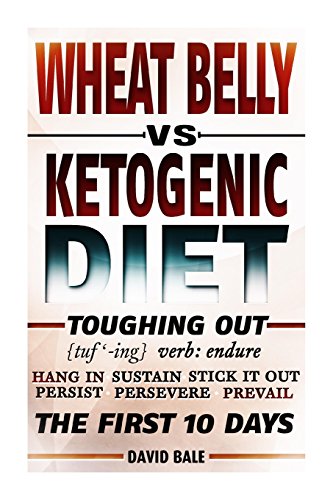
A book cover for Wheat Belly vs. Ketogenic Diet Toughing Out The First 10 Days; David Bale; Health, Fitness & Dieting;